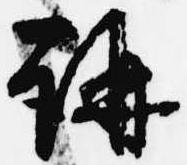
講